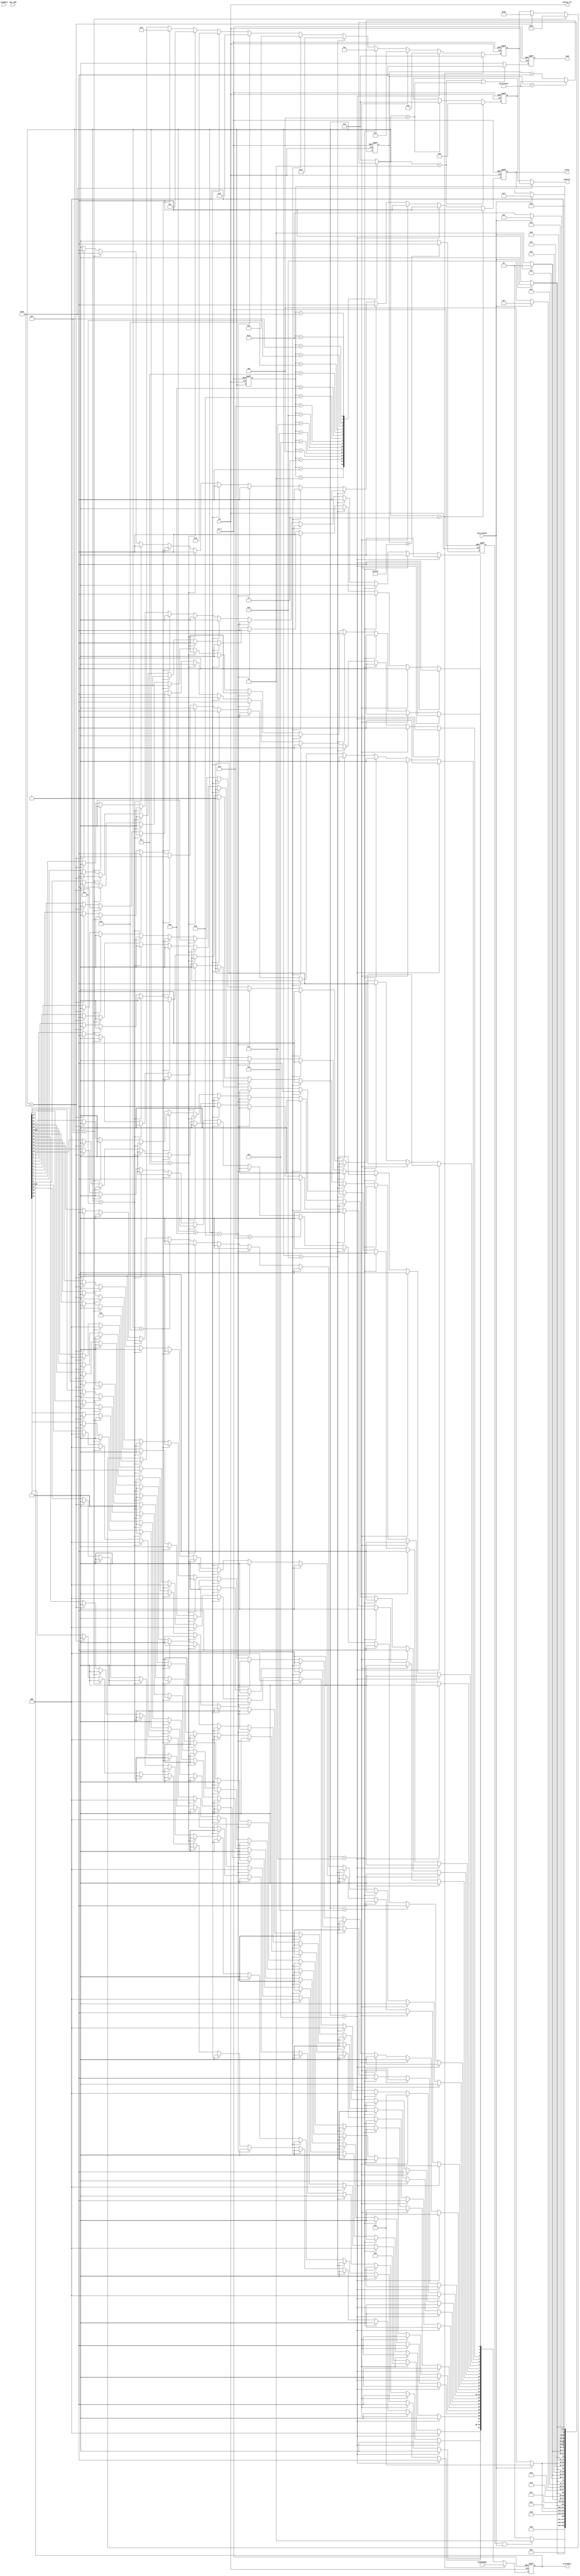

module mac_config_sub
     (
     //***********************************************************
     //--Clock And Reset Signals
     //***********************************************************
     input                               clk                     ,   
     input                               rst_n                   ,   
     //***********************************************************
     //--MAC Control Interface Signals 
     //***********************************************************
     output                              config_clk              ,//config_clk = clk, like bypass
     
     output       [7:0]                  address                 ,  
     
     output    reg                       write                   , //enable    
     output    reg[31:0]                 writedata               ,  

     output    reg                       read                    , //enable

     input        [31:0]                 readdata                ,   
     input                               waitrequest             ,

     //this is for what?
     input        [47:0]                 mac_addr                    

     );
     
     
     
reg[30:0]rst_n_cnt;
// set rst_n_cnt, cnt++ while change of clk or rst_n
always @ (posedge clk or negedge rst_n)begin
   if(!rst_n)
      rst_n_cnt <= 31'b0;
   else if(rst_n_cnt==31'h7fffffff)
      rst_n_cnt <= 31'h7fffffff;                      //???
   else 
      rst_n_cnt <= rst_n_cnt + 1'b1;
end

reg start_cfg;
//after "fff0" arrival time, start_cfg is always 1'b1
always @ (posedge clk or negedge rst_n)begin
   if(!rst_n)
      start_cfg <= 1'b0;
   else if(rst_n_cnt>=31'hfff0)
      start_cfg <= 1'b1;
   else
      start_cfg <= 1'b0;
end
     
     
reg    [7 : 0]     cfg_cs;
reg    [7 : 0]     cfg_ns; 
reg    [7 : 0]     rdaddr;
reg    [7 : 0]     wraddr;


//-------------------------------------------
//command config register dword offset 0x02
parameter        TX_ENA    = 1'b1        ; //Transmit enable. enable the transmit datapath
parameter        RX_ENA    = 1'b1        ; //Receive enable . enable the receive datapath
parameter        XON_GEN   = 1'b0        ; //pause frame generation with a pause quanta of 0
parameter        ETH_SPEED = 1'b1        ; //1000m, prior to set_1000 signal
parameter        PROMIS_EN = 1'b0        ; //promiscuous enable!!!!useful
//Promiscuous enable. Set this bit to 1 to enable promiscuous mode. 
//In this mode, the MAC function receives all frames without address filtering.
parameter        PAD_EN    = 1'b1        ;
// Padding removal on receive. Set this bit to 1 to remove padding from receive frames
// before the MAC function forwards the frames to the user application. This bit has no effect
// on transmit frames.This bit is not available in the small MAC variation.
parameter        CRC_FWD   = 1'b0        ;//CRC forwarding on receive. 
//Set this bit to 1 to forward the CRC field to the user application. 
//Set this bit to 0 to remove the CRC field from receive frames 
//before the MAC function forwards the frame to the user application.
//The MAC function ignores this bit when it receives a padded frame and
//the PAD_EN bit is 1. In this case, the MAC function checks the CRC 
//field and removes the checksum and padding from the frame before 
//forwarding the frame to the user application.
parameter        PAUSE_FWD = 1'b1 ;          
//Pause frame forwarding on receive. 
//Set this bit to 1 to forward receive pause frames to the user application. 
//Set this bit to 0 to terminate and discard receive pause frames.
parameter       PAUSE_IGNORE = 1'b0;
parameter       TX_ADDR_INS  = 1'b0;
//MAC address on transmit. 
//Set this bit to 1 to overwrite the source MAC address in transmit frames 
//received from the user application with the MAC primary or 
//supplementary address configured in the registers. The 
//TX_ADDR_SEL bit determines the address selection.
//Set this bit to 0 to retain the source MAC address in transmit frames 
//received from the user application.
parameter       HD_ENA      =  1'b1;
//Half-duplex enable. 
//Set this bit to 1 to enable half-duplex.
//Set this bit to 0 to enable full-duplex. 
//The MAC function ignores this bit if you set the ETH_SPEED bit to 1.

//parameter       EXCESS_COL    readonly,excessive collosion condition
//The MAC function sets this bit to 1 when it discards a frame after
//detecting a collision on 16 consecutive frame retransmissions

//parameter       LATE_COL      readonly,late collision condition
//The MAC function sets this bit to 1 when it detects a collision after
//transmitting 64 bytes and discards the frame.

parameter             SW_RESET             = 1'b0;
//software reset enable

parameter             MHASH_SEL            = 1'b0;
//Hash-code mode selection for multicast address resolution.
// Set this bit to 0 to generate the hash code from the full 48-bit
//destination address.


parameter             LOOP_ENA             = 1'b1;
//local loopback enable

parameter [2 : 0]     TX_ADDR_SEL          = 3'd0;
//fuction with TX_ADDR_INS
//select diffrent overwrite address

parameter             MAGIC_ENA            = 1'b0;
//magic packet detection disable

parameter             SLEEP                = 1'b0;
//function with MAGIC_ENA

//parameter           WAKEUP readonly 

parameter             XOFF_GEN             = 1'b0;
//Pause frame generation. Set this bit to 1 to generate a pause frame
//independent of the status of the receive FIFO buffer

parameter             CNTL_FRM_ENA         = 1'b0;
//control frame enable on receive other than pause frame

parameter             NO_LGTH_CHECK        = 1'b0; 
//payload length check on receive

parameter             ENA_10               = 1'b0;
parameter             RX_ERR_DISC          = 1'b1;
//function with rx_section_full register to 0; store and forward operation
//discard erroneous frames received

parameter             DISABLE_READ_TIMEOUT = 1'b0;   
//copnfiguration register read timeout

parameter             CNT_RESET            = 1'b0;   
//statistics counters reset
//this line above is all of the command config (32bits)
//...................................................   

parameter             FRM_LENGTH           = 1518;
//dword offset 0x05 frm_length.bits[15:0]'
//typical value is 1518'

parameter             MAC_ADDR0            = 32'habababab;
parameter             MAC_ADDR1            = 32'h0000abab; //mac_addr = 55-44-33-22-11-00
//dword offset 0x03, 0x04, stored in reverse order

//this line above for just writedata configuration


//.........................................
//parameters below for cfg_ns setting
//a FSM state setting
parameter             CFG_WAIT_START    = 8'd1;
parameter             CFG_READ_VER      = 8'd2;
parameter             CFG_WRITE_SCRATCH = 8'd3;
parameter             CFG_READ_SCRATCH  = 8'd4;
parameter             CFG_MAC_CONFIG    = 8'd5;
parameter             CFG_MAC_ADDR0     = 8'd6;
parameter             CFG_MAC_ADDR1     = 8'd7;
parameter             CFG_WRE_IPG_LEN   = 8'd8;
parameter             CFG_WRE_FRE_LEN   = 8'd9;
parameter             CFG_WRE_QUANT     = 8'd10;
//
parameter             CFG_TX_SECTION_EMPTY=8'd11;
parameter             CFG_TX_ALMOST_FULL =8'd12;
parameter             CFG_TX_ALMOST_EMPTY=8'd13;
parameter             CFG_TX_SECTION_FULL=8'd14;
//
parameter             CFG_SGMII_IF_MODE = 8'd15;//ADD 2014 3 10
parameter             CFG_SGMII_CTRL_REG= 8'd16;
parameter             CFG_DONE          = 8'd17; 

//initiate cfg_cs
always @ (posedge clk or negedge rst_n) begin 
  if (!rst_n)
   cfg_cs <= CFG_WAIT_START;
  else 
   cfg_cs <= cfg_ns ;
end 

//cfg_cs -> cfg_ns notice these assignment perform a FSM with above statement   
//waitrequest: reg_busy
// Register interface busy. Asserted during register read or register
// write access; deasserted when the current register access
// completes.                            
always @ (*) begin 
   case(cfg_cs) 
     CFG_WAIT_START    : cfg_ns = (start_cfg&waitrequest) ? CFG_READ_VER      : CFG_WAIT_START   ;
     CFG_READ_VER      : cfg_ns = (!waitrequest)          ? CFG_WRITE_SCRATCH : CFG_READ_VER     ;
     CFG_WRITE_SCRATCH : cfg_ns = (!waitrequest)          ? CFG_READ_SCRATCH  : CFG_WRITE_SCRATCH;
     CFG_READ_SCRATCH  : cfg_ns = (!waitrequest)          ? CFG_MAC_CONFIG    : CFG_READ_SCRATCH ;
     CFG_MAC_CONFIG    : cfg_ns = (!waitrequest)          ? CFG_MAC_ADDR0     : CFG_MAC_CONFIG ;
     CFG_MAC_ADDR0     : cfg_ns = (!waitrequest)          ? CFG_MAC_ADDR1     : CFG_MAC_ADDR0    ;
     CFG_MAC_ADDR1     : cfg_ns = (!waitrequest)          ? CFG_WRE_IPG_LEN   : CFG_MAC_ADDR1    ;
     CFG_WRE_IPG_LEN   : cfg_ns = (!waitrequest)          ? CFG_WRE_FRE_LEN   : CFG_WRE_IPG_LEN  ;
     CFG_WRE_FRE_LEN   : cfg_ns = (!waitrequest)          ? CFG_WRE_QUANT     : CFG_WRE_FRE_LEN  ;    
     CFG_WRE_QUANT     : cfg_ns = (!waitrequest)          ? CFG_TX_SECTION_EMPTY : CFG_WRE_QUANT    ;        
     CFG_TX_SECTION_EMPTY:cfg_ns = (!waitrequest)         ? CFG_TX_ALMOST_FULL : CFG_TX_SECTION_EMPTY    ;
     CFG_TX_ALMOST_FULL:cfg_ns = (!waitrequest)           ? CFG_TX_ALMOST_EMPTY : CFG_TX_ALMOST_FULL    ;
     CFG_TX_ALMOST_EMPTY:cfg_ns = (!waitrequest)          ? CFG_TX_SECTION_FULL : CFG_TX_ALMOST_EMPTY    ;
     CFG_TX_SECTION_FULL:cfg_ns = (!waitrequest)          ? CFG_DONE          : CFG_TX_SECTION_FULL    ;   
     CFG_SGMII_IF_MODE : cfg_ns = (!waitrequest)          ? CFG_SGMII_CTRL_REG: CFG_SGMII_IF_MODE    ;
     CFG_SGMII_CTRL_REG: cfg_ns = (!waitrequest)          ? CFG_DONE          : CFG_SGMII_CTRL_REG    ;
     CFG_DONE          : cfg_ns = cfg_cs                                                         ;
    default : cfg_ns = CFG_WAIT_START ;   
  endcase    
end  

//cfg_ns -> read(1bit)
always @ (posedge clk or negedge rst_n) begin 
  if (!rst_n)
    read <= 1'b0;
  else if ((cfg_ns == CFG_READ_VER)|(cfg_ns == CFG_READ_SCRATCH))   
    read <= 1'b1;
  else 
    read <= 1'b0;    
end 

//cfg_ns -> rdaddr(8bit)
always @ (posedge clk or negedge rst_n) begin 
  if (!rst_n)
    rdaddr <= 8'h00;
  else if (cfg_ns == CFG_READ_VER)  
    rdaddr <= 8'h00;
  else if (cfg_ns == CFG_READ_SCRATCH)   
    rdaddr <= 8'h01;
  else
    rdaddr <= rdaddr;  
end 

//cfg_ns -> writedata(32bit)
always @ (posedge clk or negedge rst_n)  begin 
  if (!rst_n)
    writedata <= 32'h0;
  else if (cfg_ns == CFG_WRITE_SCRATCH)  
    writedata <= 32'ha5a5_a5a5;
  else if (cfg_ns == CFG_MAC_CONFIG )  begin 
      //writedata = 32'h0400_803b;
    writedata [0 ] = 1'b1 ;//TX_ENA; // 1 
    writedata [1 ] = 1'b1 ;//RX_ENA; // 1
    writedata [2 ] = 1'b0 ;//XON_GEN;// 0    
    writedata [3 ] = 1'b0 ;//ETH_SPEED;//1     
    writedata [4 ] = 1'b1 ;//PROMIS_EN; //1   
    writedata [5 ] = 1'b1 ;//PAD_EN;  //1   
    writedata [6 ] = 1'b0 ;//CRC_FWD;  //0   
    writedata [7 ] = 1'b0 ;//PAUSE_FWD;//0     
    writedata [8 ] = 1'b0 ;//PAUSE_IGNORE;//0     
    writedata [9 ] = 1'b0 ;//TX_ADDR_INS; //0    
    writedata [10] = 1'b0 ;//HD_ENA;   //0  
    writedata [11] = 1'b0 ;//     //0
    writedata [12] = 1'b0 ;//     //0
    writedata [13] = 1'b0 ;//SW_RESET;  //0   
    writedata [14] = 1'b0 ;//MHASH_SEL; //0 
	 
    writedata [15] = 1'b0 ;//LOOP_ENA;  //1  
	 
    writedata [18 : 16] = 3'd0;//TX_ADDR_SEL[2:0];//000     
    writedata [19] = 1'b0;//MAGIC_ENA;   //0  
    writedata [20] = 1'b0;//SLEEP;      //0
    writedata [21] = 1'b0;//     //0 
    writedata [22] = 1'b0;//XOFF_GEN;   //0   
    writedata [23] = 1'b0;//CNTL_FRM_ENA;//0      
    writedata [24] = 1'b0;//NO_LGTH_CHECK; //0     
    writedata [25] = 1'b0;//ENA_10;    //0  
    writedata [26] = 1'b1;//RX_ERR_DISC;  //1    
    writedata [27] = 1'b0;//DISABLE_READ_TIMEOUT;//0      
    writedata [30 : 28] = 3'd0;    //0  
    writedata [31] = 1'b0; //CNT_RESET;    //0
    end 
  else if (cfg_ns == CFG_MAC_ADDR0  )  
    writedata <= MAC_ADDR0;    
  else if (cfg_ns == CFG_MAC_ADDR1  ) 
    writedata <= MAC_ADDR1;       
  else if (cfg_ns == CFG_WRE_IPG_LEN)  
    writedata <= 32'h0000000c;  
  else if (cfg_ns == CFG_WRE_FRE_LEN)    
    writedata <= 32'd1518; 
  else if (cfg_ns == CFG_WRE_QUANT)            
    writedata <= 32'd15;
  else if (cfg_ns == CFG_TX_SECTION_EMPTY)            
    writedata <= 32'd2048-16;
  else if (cfg_ns == CFG_TX_ALMOST_FULL)            
    writedata <= 32'd3;
  else if (cfg_ns == CFG_TX_ALMOST_EMPTY)            
    writedata <= 32'd8;
  else if (cfg_ns == CFG_TX_SECTION_FULL)            
    writedata <= 32'd16;
  else if (cfg_ns == CFG_SGMII_IF_MODE) 
     writedata <=32'h0003;
  else if (cfg_ns == CFG_SGMII_CTRL_REG) 
     writedata <=32'h1140;
  else
    writedata <= writedata;  
end 

// cfg_ns -> wraddr(8bit)
//wraddr is 32bit word aligned adress
always @ (posedge clk or negedge rst_n)  begin 
  if (!rst_n)
    wraddr <= 8'h0;
  else if (cfg_ns == CFG_WRITE_SCRATCH)  
    wraddr <= 8'h01;
  else if (cfg_ns == CFG_MAC_CONFIG )   
    wraddr <= 8'h02;
  else if (cfg_ns == CFG_MAC_ADDR0  )  
    wraddr <= 8'h03;     
  else if (cfg_ns == CFG_MAC_ADDR1  ) 
    wraddr <= 8'h04;     
  else if (cfg_ns == CFG_WRE_IPG_LEN)  
     wraddr <= 8'h17;  
  else if (cfg_ns == CFG_WRE_FRE_LEN)    
     wraddr <= 8'h05; 
  else if (cfg_ns == CFG_WRE_QUANT)            
     wraddr <= 8'h06;
  else if (cfg_ns == CFG_TX_SECTION_EMPTY)            
     wraddr <= 8'h09;
  else if (cfg_ns == CFG_TX_ALMOST_FULL)            
     wraddr <= 8'h0E;
  else if (cfg_ns == CFG_TX_ALMOST_EMPTY)            
     wraddr <= 8'h0D;
  else if (cfg_ns == CFG_TX_SECTION_FULL)            
     wraddr <= 8'h0A;
  else if (cfg_ns == CFG_SGMII_IF_MODE) 
     wraddr <= 8'h94;
  else if (cfg_ns == CFG_SGMII_CTRL_REG) 
     wraddr <= 8'h80;
  else
     wraddr <= wraddr;  
end 

// cfg_ns -> write(1bit)
always @ (posedge clk or negedge rst_n)  begin 
  if (!rst_n)
    write <= 1'b0;
  else if (cfg_ns == CFG_WRITE_SCRATCH)  
    write <= 1'b1;
  else if (cfg_ns == CFG_MAC_CONFIG )   
    write <= 1'b1;
  else if (cfg_ns == CFG_MAC_ADDR0  )  
    write <= 1'b1; 
  else if (cfg_ns == CFG_MAC_ADDR1  ) 
     write <= 1'b1;  
  else if (cfg_ns == CFG_WRE_IPG_LEN)  
     write <= 1'b1;
  else if (cfg_ns == CFG_WRE_FRE_LEN)    
     write <= 1'b1;
  else if (cfg_ns == CFG_WRE_QUANT)            
     write <= 1'b1;
  else if (cfg_ns == CFG_TX_SECTION_EMPTY)            
     write <= 1'b1;
  else if (cfg_ns == CFG_TX_ALMOST_FULL)            
     write <= 1'b1;
  else if (cfg_ns == CFG_TX_ALMOST_EMPTY)            
     write <= 1'b1;
  else if (cfg_ns == CFG_TX_SECTION_FULL)            
     write <= 1'b1;
  else if (cfg_ns == CFG_SGMII_IF_MODE) 
     write <= 1'b1;
  else if (cfg_ns == CFG_SGMII_CTRL_REG) 
     write <= 1'b1;
  else
     write <= 1'b0;
end 

assign address = (write) ? wraddr : rdaddr;

reg [7 : 0] cnt_done;
//one rst option lead one cfg cycling
//cnt_done is a delay after config done
always @ (posedge  clk or negedge rst_n) begin 
  if (!rst_n)
    cnt_done <= 8'd0;
  else if (cfg_cs == CFG_DONE) begin 
    if (cnt_done == 255)
	   cnt_done <= 255;
	 else 
	   cnt_done <= cnt_done + 1'b1; 
  end   
end 

wire done_cfg = ((cfg_cs == CFG_DONE)&(cnt_done == 255)) ? 1'b1 : 1'b0;

assign config_clk = clk;

endmodule